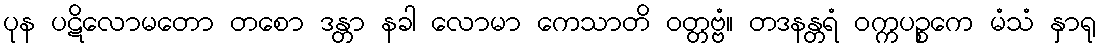
ပုန ပဋိလောမတော တစော ဒန္တာ နခါ လောမာ ကေသာတိ ဝတ္တဗ္ဗံ။ တဒနန္တရံ ဝက္ကပဉ္စကေ မံသံ နှာရု